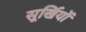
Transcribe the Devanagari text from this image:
सूर्खियों